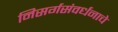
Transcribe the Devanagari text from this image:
निसर्गसंवर्धनाचे